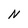
Character: N